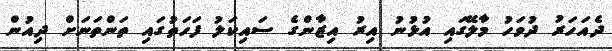
ދެއަހަރު ދުވަހު މާލޭގައި އުޅުނު އިރު އިޒާންގެ ސައިކަލު ފަހަތުގައި ތަންތަނަށް ދިއުން